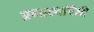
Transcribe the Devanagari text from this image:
प्रणाल्यांपैकी